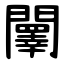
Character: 䦴